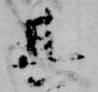
其